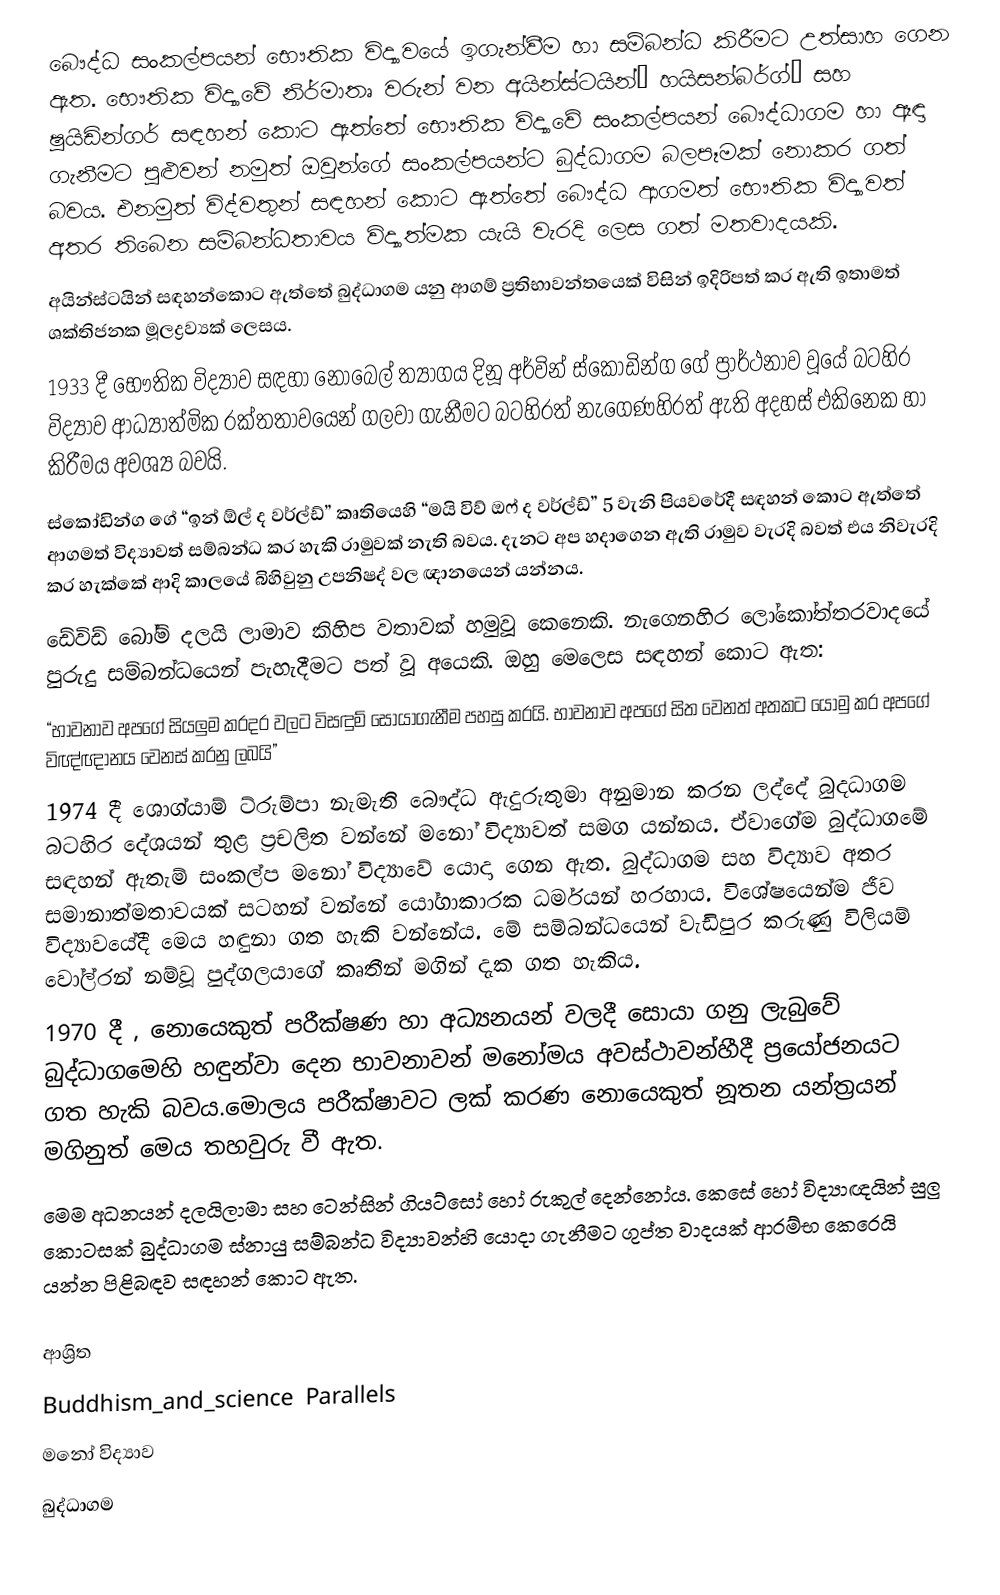
බෞද්ධ සංකල්පයන් භෞතික විද්‍යාවයේ ඉගැන්වීම හා සම්බන්ධ කිරීමට උත්සාහ ගෙන ඇත. භෞතික විද්‍යාවේ නිර්මාතෘ වරුන් වන අයින්ස්ටයින්‚ හයිසන්බර්ග්‚ සහ ෂුයිඩින්ගර් සඳහන් කොට ඇත්තේ භෞතික විද්‍යාවේ සංකල්පයන් බෞද්ධාගම හා ඈඳා ගැනීමට පුළුවන් නමුත් ඔවුන්ගේ සංකල්පයන්ට බුද්ධාගම බලපෑමක් නොකර ගත් බවය. එනමුත් විද්වතුන් සඳහන් කොට ඇත්තේ බෞද්ධ ආගමත් භෞතික විද්‍යාවත් අතර තිබෙන සම්බන්ධතාවය විද්‍යාත්මක යැයි වැරදි ලෙස ගත් මතවාදයකි.
අයින්ස්ටයින් සඳහන්කොට ඇත්තේ බුද්ධාගම යනු ආගම් ප්‍රතිභාවන්තයෙක් විසින් ඉදිරිපත් කර ඇති ඉතාමත් ශක්තිජනක මූලද්‍රව්‍යක් ලෙසය.
1933 දී භෞතික විද්‍යාව සඳහා නොබෙල් ත්‍යාගය දිනූ අර්වින් ස්කෝඩින්ග ගේ ප්‍රාර්ථනාව වූයේ බටහිර විද්‍යාව ආධ්‍යාත්මික රක්තතාවයෙන් ගලවා ගැනීමට බටහිරත් නැගෙණහිරත් ඇති අදහස් එකිනෙක හා කිරීමය අවශ්‍ය බවයි.
ස්කෝඩින්ග ගේ “ඉන් ඕල් ද වර්ල්ඩ්” කෘතියෙහි “මයි විව් ඔෆ් ද වර්ල්ඩ්” 5 වැනි පියවරේදී සඳහන් කොට ඇත්තේ ආගමත්  විද්‍යාවත් සම්බන්ධ කර හැකි රාමුවක් නැති බවය. දැනට අප හදාගෙන ඇති රාමුව වැරදි බවත් එය නිවැරදි කර හැක්කේ ආදි කාලයේ බිහිවුනු උපනිෂද් වල ඥානයෙන් යන්නය.
ඩේවිඩ් බෝම් දලයි ලාමාව කිහිප වතාවක් හමුවූ කෙනෙකි. නැගෙනහිර ලෝකෝත්තරවාදයේ පුරුදු සම්බන්ධයෙන් පැහැදීමට පත් වූ අයෙකි. ඔහු මෙලෙස සඳහන් කොට ඇත:
“භාවනාව අපගේ සියලුම කරදර වලට විසඳුම් සොයාගැනීම පහසු කරයි. භාවනාව අපගේ සිත වෙනත් අතකට යොමු කර අපගේ විඥ්ඥානය වෙනස් කරනු ලබයි”
1974 දී ශොග්යාම් ට්රුම්පා නැමැති බෞද්ධ ඇදුරුතුමා අනුමාන කරන ලද්දේ බුදධාගම බටහිර දේශයන් තුළ ප්‍රචලිත වන්නේ මනෝ විද්‍යාවත් සමග යන්නය. ඒවාගේම බුද්ධාගමේ සඳහන් ඇතැම් සංකල්ප මනෝ විද්‍යාවේ යොදා ගෙන ඇත. බුද්ධාගම සහ විද්‍යාව අතර සමානාත්මතාවයක් සටහන් වන්නේ යෝගාකාරක ධර්මයන් හරහාය. විශේෂයෙන්ම ජීව විද්‍යාවයේදී මෙය හඳුනා ගත හැකි වන්නේය. මේ සම්බන්ධයෙන් වැඩිපුර කරුණු විලියම් වෝල්රන් නම්වූ පුද්ගලයාගේ කෘතීන් මගින් දැක ගත හැකිය.
1970 දී ‚ නොයෙකුත් පරීක්ෂණ හා අධ්‍යනයන් වලදී සොයා ගනු ලැබුවේ බුද්ධාගමෙහි හඳුන්වා දෙන භාවනාවන් මනෝමය අවස්ථාවන්හීදී ප්‍රයෝජනයට ගත හැකි බවය.මොලය පරීක්ෂාවට ලක් කරණ නොයෙකුත් නූතන යන්ත්‍රයන් මගිනුත් මෙය තහවුරු වී ඇත.
මෙම අධනයන් දලයිලාමා සහ ටෙන්සින් ගියට්සෝ හෝ රුකුල් දෙන්නෝය. කෙසේ හෝ  විද්‍යාඥයින් සුලු කොටසක් බුද්ධාගම ස්නායු සම්බන්ධ විද්‍යාවන්හි යොදා ගැනීමට ගුප්ත වාදයක් ආරම්භ කෙරෙයි යන්න පිළිබඳව සඳහන් කොට ඇත.

ආශ්‍රිත
Buddhism_and_science Parallels
මනෝ විද්‍යාව
බුද්ධාගම